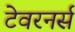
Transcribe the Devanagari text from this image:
टेवरनर्स